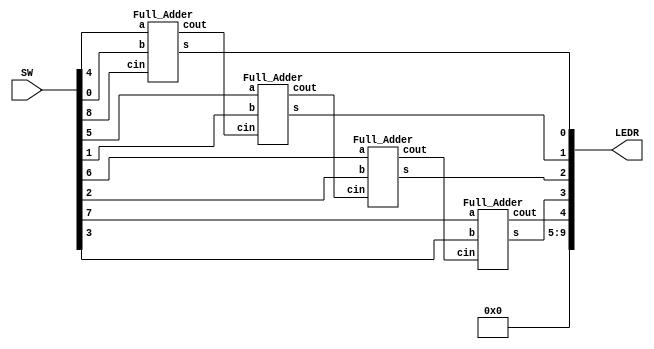
module part3(LEDR, SW);
	input [9:0] SW;
	output [9:0] LEDR;
	wire [3:0] a, b, s;
	wire [4:0] c;
	
	assign a = SW[7:4];
	assign b = SW[3:0];
	assign c[0] = SW[8];
	
	Full_Adder F0(a[0], b[0], c[0], c[1], s[0]);
	Full_Adder F1(a[1], b[1], c[1], c[2], s[1]);
	Full_Adder F2(a[2], b[2], c[2], c[3], s[2]);
	Full_Adder F3(a[3], b[3], c[3], c[4], s[3]);
	
	assign LEDR [3:0] = s[3:0];
	assign LEDR [4] = c[4];
	assign LEDR [9:5] = 1'b0;
	
endmodule

module Full_Adder(a, b, cin, cout, s);
	
	input a, b, cin;
	output cout, s;
	
	assign {cout, s} = a + b + cin;
	
endmodule